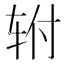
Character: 𰹿